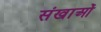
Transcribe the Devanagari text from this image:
संखाओं